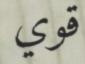
قوي